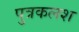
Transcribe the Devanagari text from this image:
पुत्रकलश